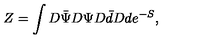
Z = \int D \bar { \Psi } D \Psi D \bar { d } D d e ^ { - S } ,